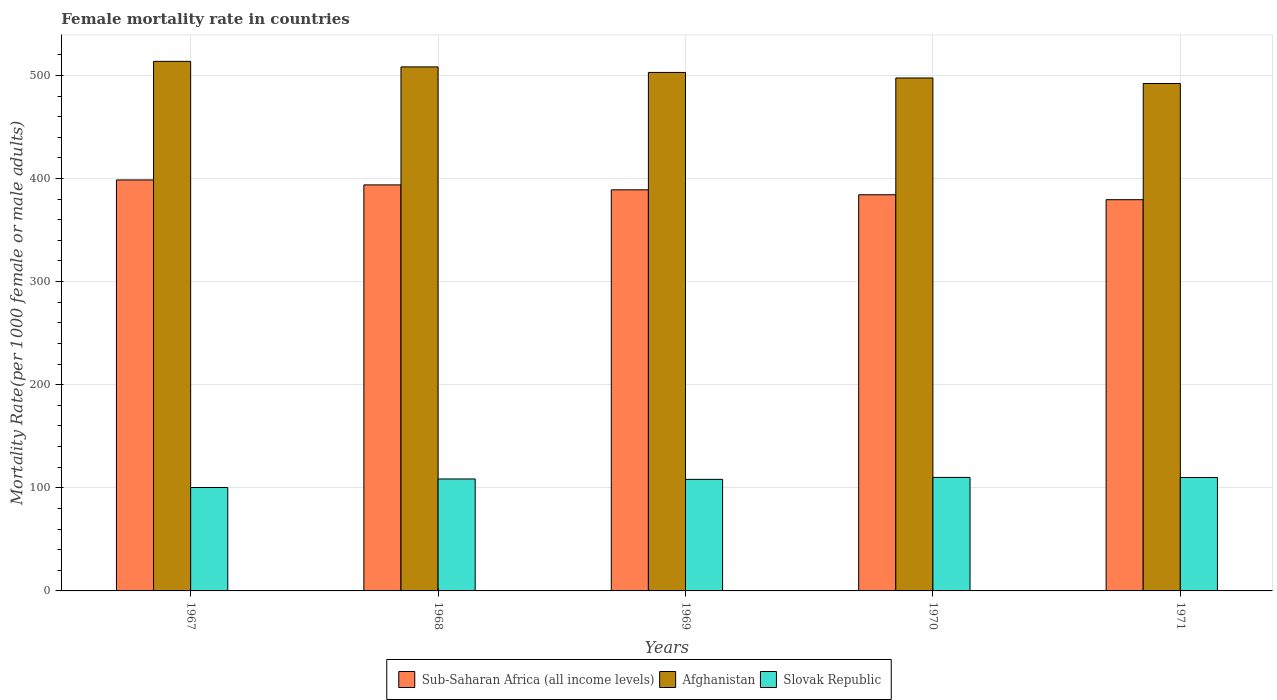
| Years | Sub-Saharan Africa (all income levels) | Afghanistan | Slovak Republic |
 | --- | --- | --- | --- |
 | 1967 | 399 | 514 | 100 |
 | 1968 | 394 | 508 | 109 |
 | 1969 | 389 | 503 | 108 |
 | 1970 | 384 | 498 | 110 |
 | 1971 | 379 | 492 | 110 |